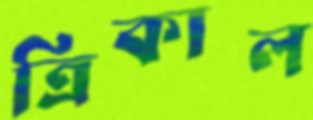
ত্রিকাল